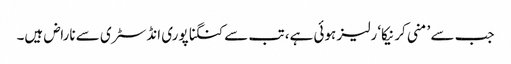
جب سے ’منی کرنیکا‘ رلیز ہوئی ہے، تب سے کنگنا پوری انڈسٹری سے ناراض ہیں۔